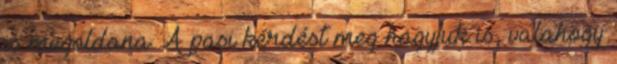
is megoldana. A pasi kérdést meg hagyjuk is, valahogy